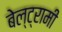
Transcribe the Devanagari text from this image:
बेल्ट्रामी